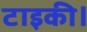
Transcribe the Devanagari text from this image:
टाइकी।